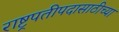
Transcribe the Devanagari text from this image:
राष्ट्रपतीपदासाठीच्या